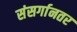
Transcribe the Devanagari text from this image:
संसर्गानतर